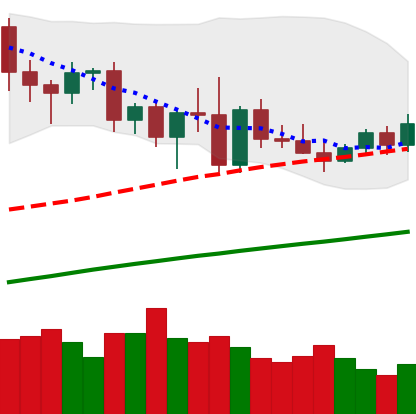
Ticker: XMR-USD
Chart end date: 2020-11-16
Forward return: 8.548%
Label: up_7plus